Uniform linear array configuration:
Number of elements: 24
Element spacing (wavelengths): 0.75
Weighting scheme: binomial
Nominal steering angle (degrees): -60
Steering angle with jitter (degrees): -59.679
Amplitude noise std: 0.05
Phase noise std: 0.05

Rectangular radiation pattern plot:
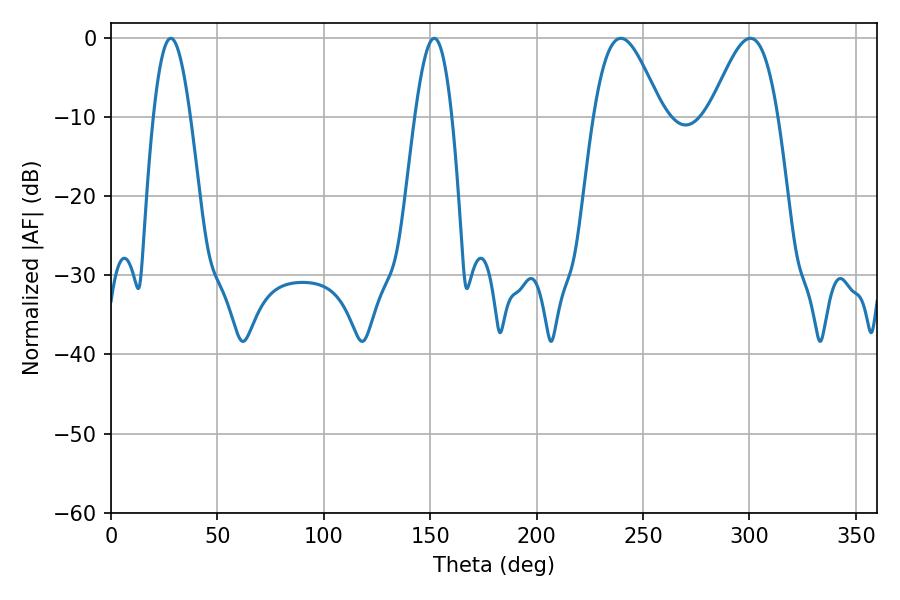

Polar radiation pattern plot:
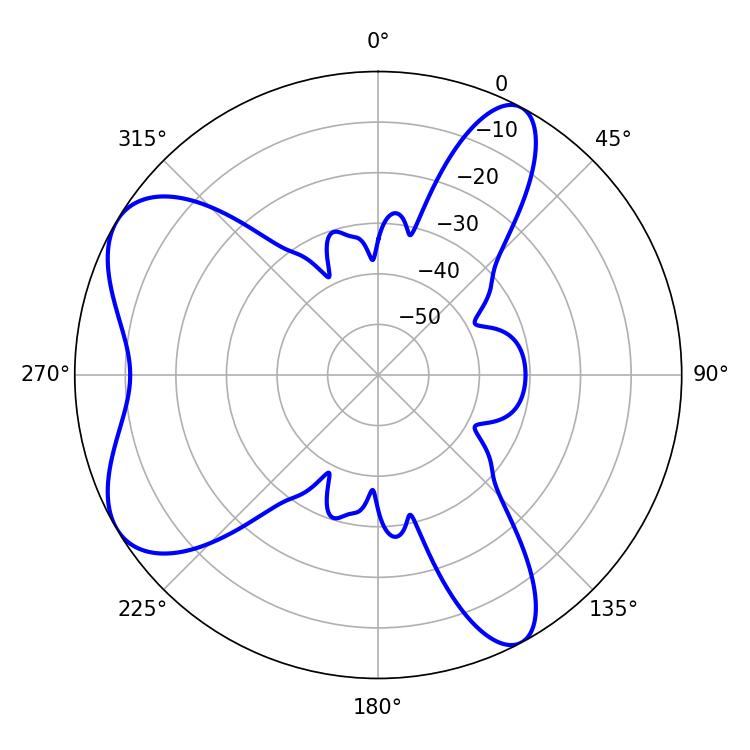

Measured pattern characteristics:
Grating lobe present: TRUE
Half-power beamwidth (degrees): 16.92
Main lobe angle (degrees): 239.58